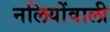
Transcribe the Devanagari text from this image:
नलियोंवाली